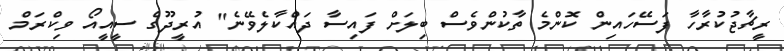
ރީޗާޖުކުރާހާ ފަސޭހައިން ކޮންމެ ތާކުންވެސް ބިލަށް ފައިސާ ދައްކާލެވޭނެ" އުރީދޫގެ ސީއީއޯ ވިކްރަމް